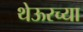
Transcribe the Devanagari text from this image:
थेऊरच्या